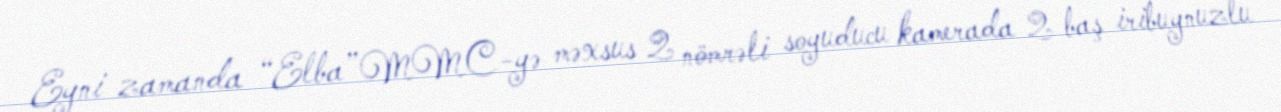
Eyni zamanda “Elba” MMC-yə məxsus 2 nömrəli soyuducu kamerada 2 baş iribuynuzlu